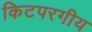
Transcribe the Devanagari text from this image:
किटपरगीय